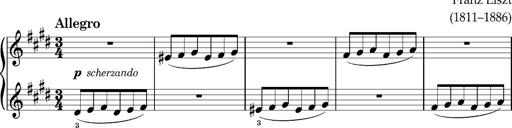
Title: Valses oubliÃ©es
Composer: Franz Liszt